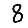
Digit: 8